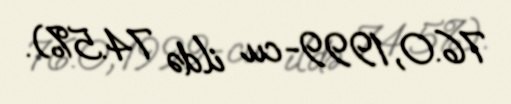
76.0, 1999-cu ildə 74.5%).